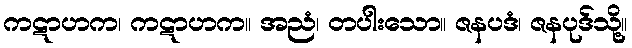
ကဋာဟက၊ ကဋာဟက။ အညံ၊ တပါးသော။ ဇနပဒံ၊ ဇနပုဒ်သို့။